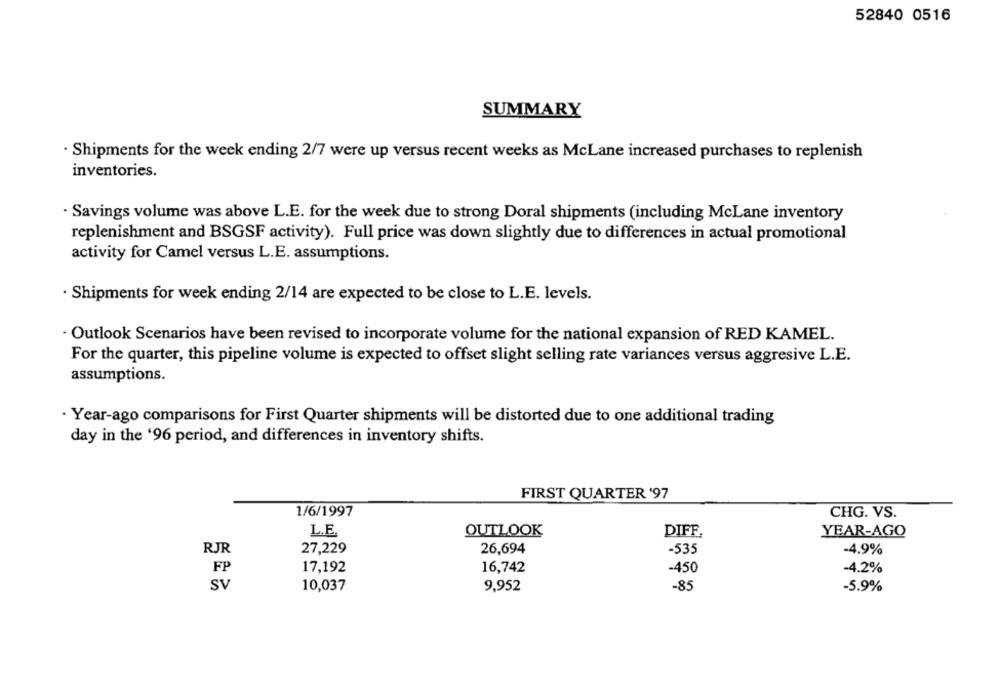
52840 0516
SUMMARY
· Shipments for the week ending 2/7 were up versus recent weeks as McLane increased purchases to replenish
inventories.
· Savings volume was above L.E. for the week due to strong Doral shipments (including McLane inventory
replenishment and BSGSF activity). Full price was down slightly due to differences in actual promotional
activity for Camel versus L.E. assumptions.
· Shipments for week ending 2/14 are expected to be close to L.E. levels.
- Outlook Scenarios have been revised to incorporate volume for the national expansion of RED KAMEL.
For the quarter, this pipeline volume is expected to offset slight selling rate variances versus aggresive L.E.
assumptions.
· Year-ago comparisons for First Quarter shipments will be distorted due to one additional trading
day in the '96 period, and differences in inventory shifts.
FIRST QUARTER '97
1/6/1997
CHG. VS.
L.E.
OUTLOOK
DIFF,
YEAR-AGO
RJR
27,229
26,694
-535
-4.9%
17,192
16,742
-4.2%
FP
-450
Sv
10,037
9,952
-85
-5.9%